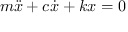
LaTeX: m { \ddot { x } } + c { \dot { x } } + k x = 0